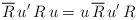
LaTeX: \begin{align*}\overline{R}\,u'\,R\,u=u\,\overline{R}\,u'\,R \end{align*}